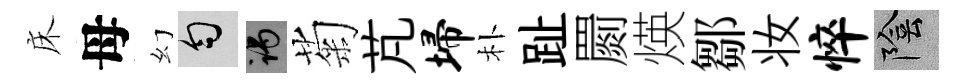
床母幻匀谒菊芃埽朴趾罽煐鄒妆悴陰